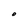
Character: O